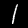
Label: 1